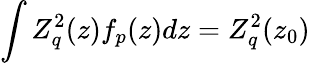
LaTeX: \int Z_{q}^{2}(z)f_{p}(z)dz=Z_{q}^{2}(z_{0})